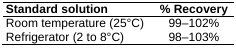
| Standard solution | % Recovery |
 | --- | --- |
 | Room temperature (25°C) | 99-102% |
 | Refrigerator (2 to 8°C) | 98-103% |